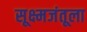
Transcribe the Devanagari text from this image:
सूक्ष्मजंतूला